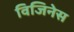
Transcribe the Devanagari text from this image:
विजिनेस